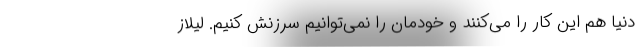
دنیا هم این کار را می‌کنند و خودمان را نمی‌توانیم سرزنش کنیم. لیلاز